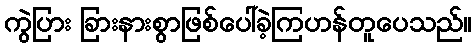
ကွဲပြား ခြားနားစွာဖြစ်ပေါ်ခဲ့ကြဟန်တူပေသည်။